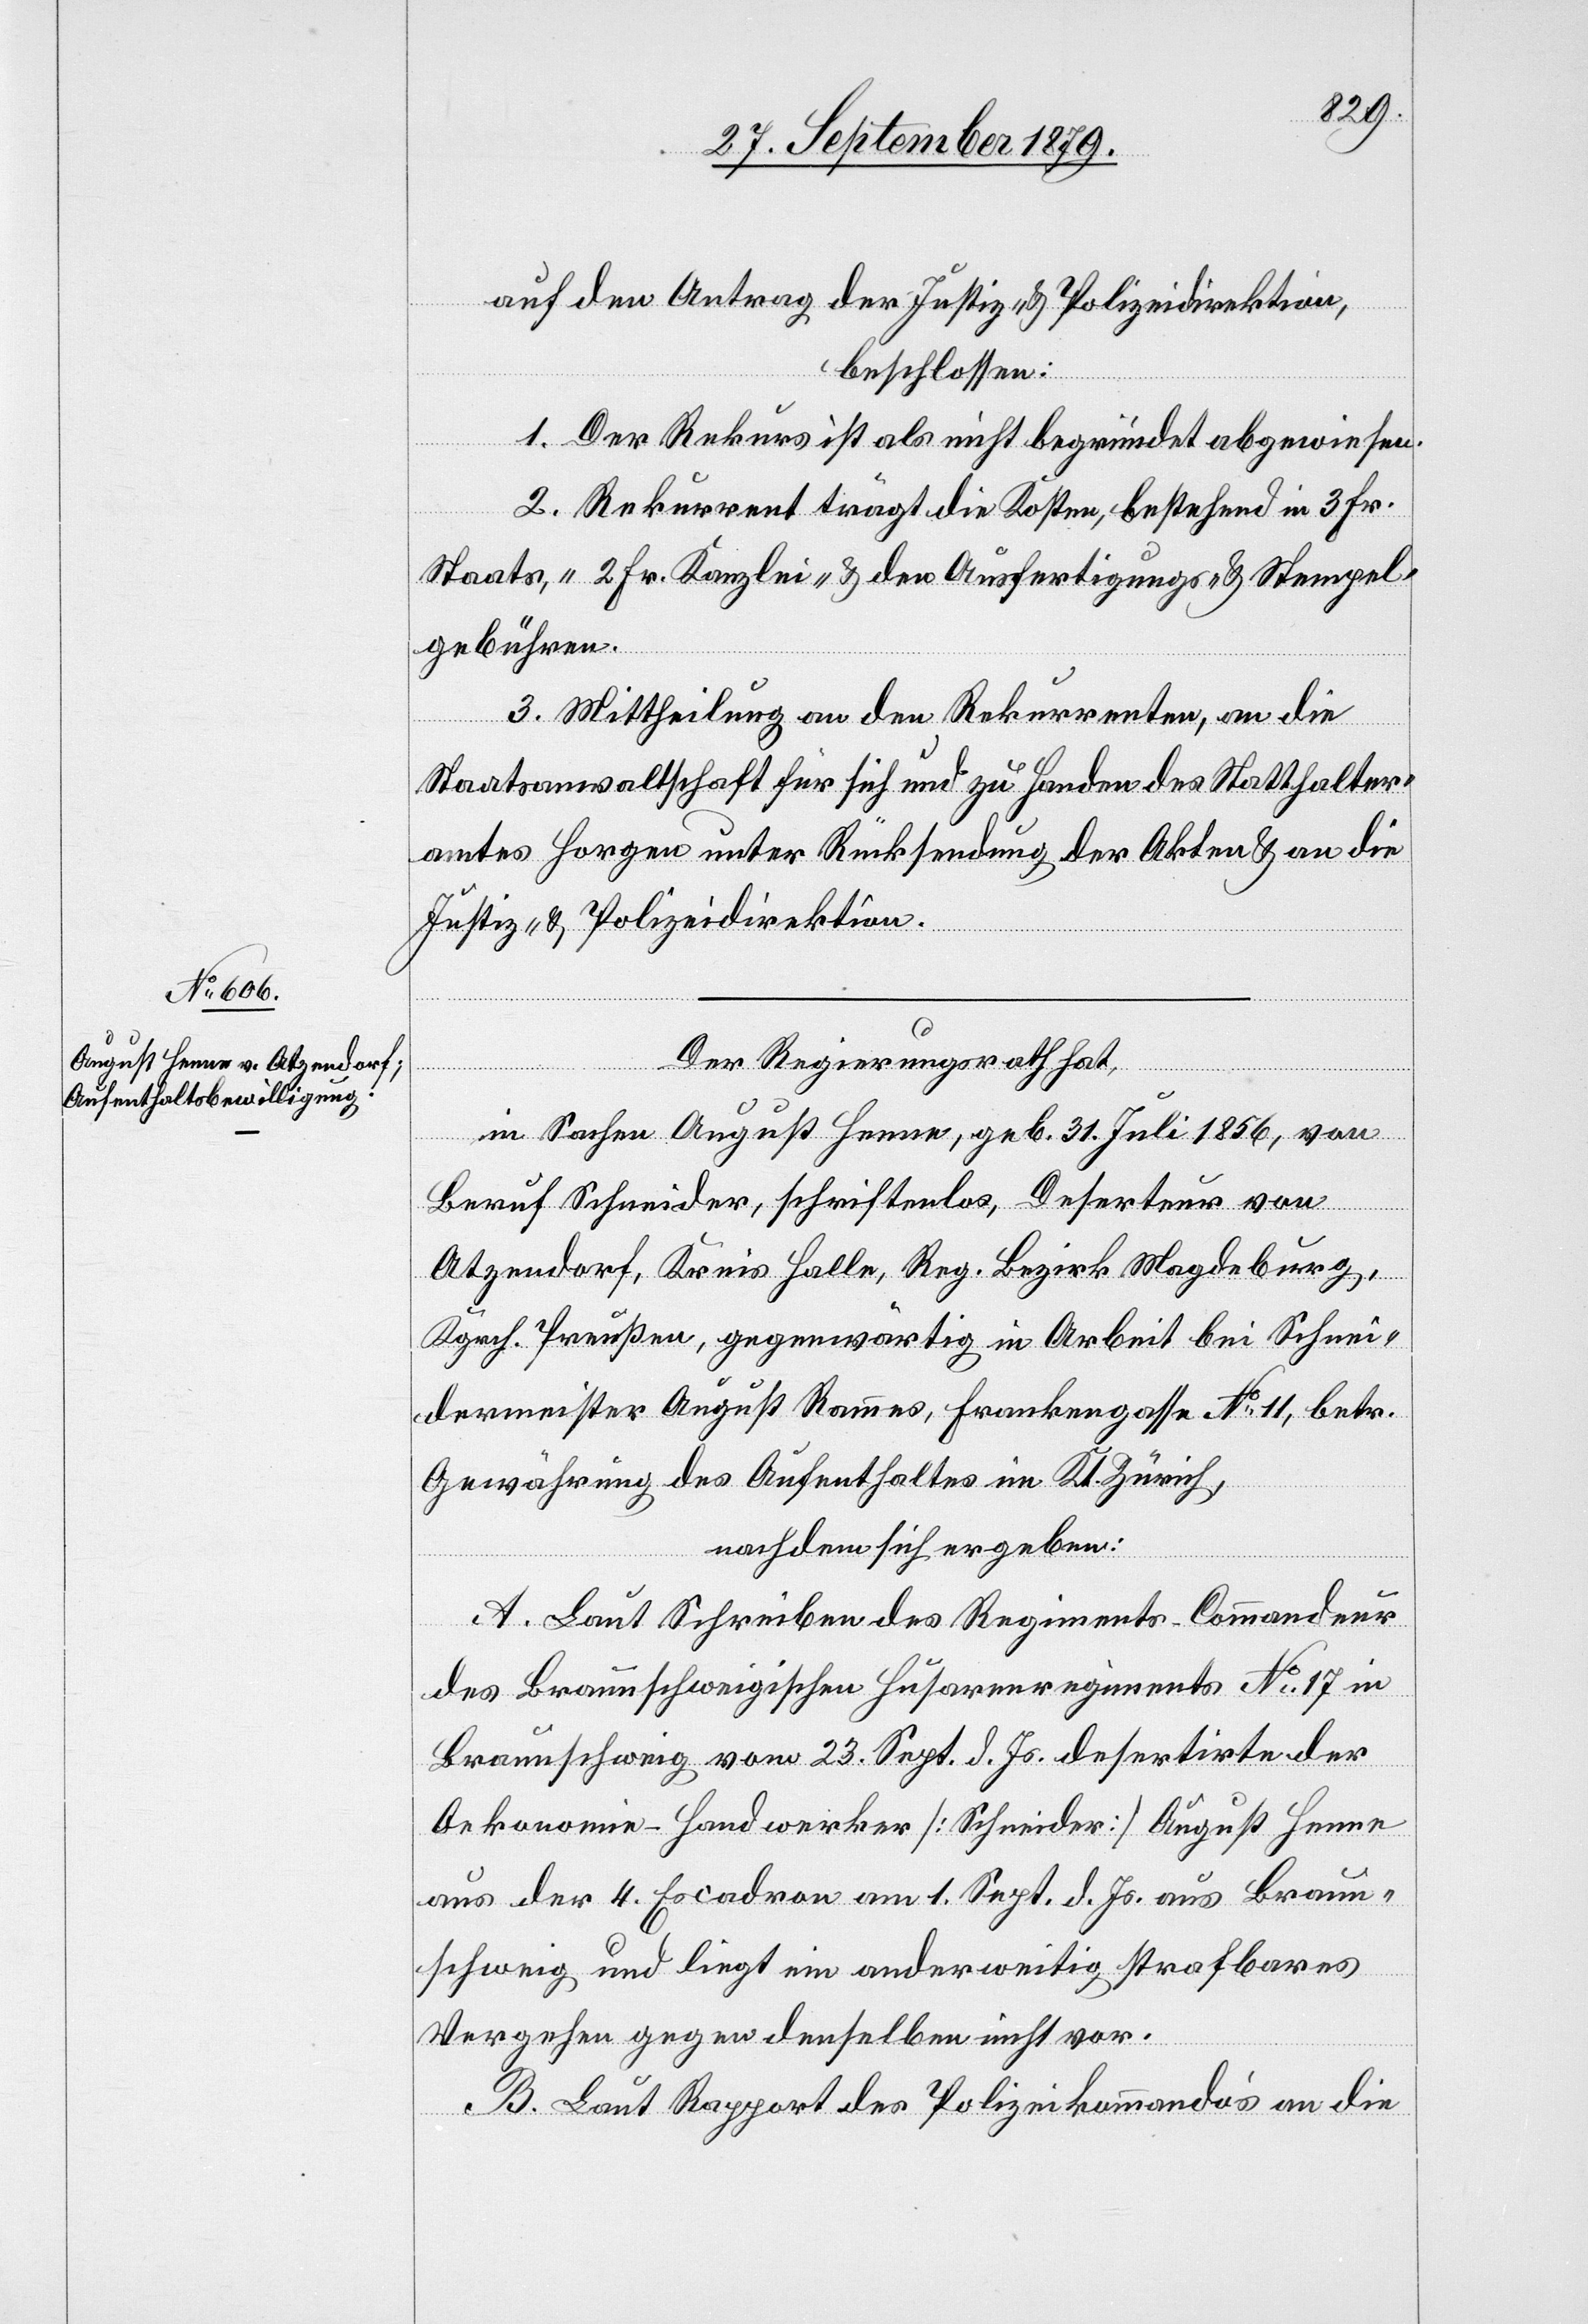
auf den Antrag der Justiz- & Polizeidirektion,
beschlossen:
1. Der Rekurs ist als nicht begründet abgewiesen.
2. Rekurrent trägt die Kosten, bestehend in 3 Fr.
Staats-, 2 Fr. Kanzlei- & den Ausfertigungs- und Stempel¬
gebühren.
3. Mittheilung an den Rekurrenten, an die
Staatsanwaltschaft für sich und zu Handen des Statthalter¬
amtes Horgen unter Rücksendung der Akten & an die
Justiz- & Polizeidirektion.
Der Regierungsrath hat,
in Sachen August Henne, geb. 31. Juli 1856, von
Beruf Schneider, schriftenlos, Deserteur von
Atzendorf, Kreis Halle, Reg. Bezirk Magdeburg,
Kgrch. Preußen, gegenwärtig in Arbeit bei Schnei¬
dermeister August Rammes, Frankengasse No 11, betr.
Gewährung des Aufenthaltes im Kt. Zürich,
nachdem sich ergeben:
A. Laut Schreiben des Regiments-Commandeur
des Braunschweigischen Husarenregiments No 17 in
Braunschweig vom 23. Sept. d. Js. desertirte der
Oekonomie-Handwerker [Schneider] August Henne
aus der 4. Escadron am 1. Sept. d. Js. aus Braun¬
schweig und liegt ein anderweitig strafbares
Vergehen gegen denselben nicht vor.
B. Laut Rapport des Polizeikommando’s an die